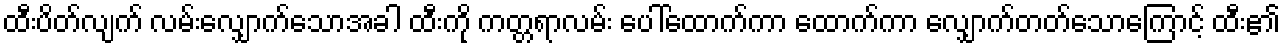
ထီးပိတ်လျက် လမ်းလျှောက်သောအခါ ထီးကို ကတ္တရာလမ်း ပေါ်ထောက်ကာ ထောက်ကာ လျှောက်တတ်သောကြောင့် ထီး၏